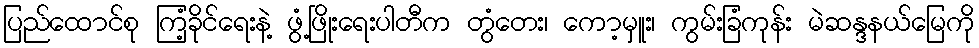
ပြည်ထောင်စု ကြံ့ခိုင်ရေးနဲ့ ဖွံ့ဖြိုးရေးပါတီက တွံတေး၊ ကော့မှူး၊ ကွမ်းခြံကုန်း မဲဆန္ဒနယ်မြေကို